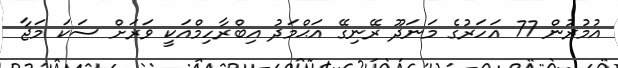
އުމުރުން 77 އަހަރުގެ މަނަދޫ ރޭނިގޭ އަޙްމަދު އިބްރާހިމްއަކީ ވަރަށް ސަކަ މަޖާ